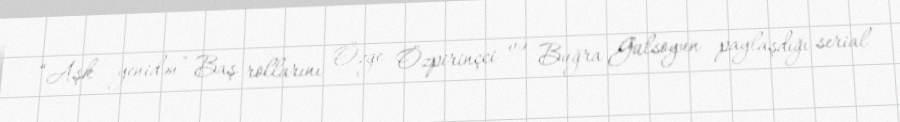
“Aşk yenidən” Baş rollarını Özge Özpirinçci və Buğra Gülsoyun paylaşdığı serial